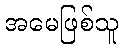
အမေဖြစ်သူ